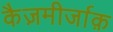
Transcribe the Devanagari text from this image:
कैज़मीर्जाक़